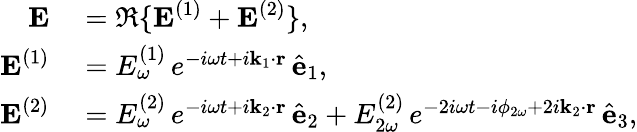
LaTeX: \begin{array}{rl}{\textbf{E}}&{{}=\Re\{ \textbf{E}^{(1)}+\textbf{E}^{(2)}\} ,}\\ {\textbf{E}^{(1)}}&{{}=E_{\omega}^{(1)}\, e^{-i\omega t+i\textbf{k}_{1}\cdot\textbf{r}}\, \hat{\textbf{e}}_{1},}\\ {\textbf{E}^{(2)}}&{{}=E_{\omega}^{(2)}\, e^{-i\omega t+i\textbf{k}_{2}\cdot\textbf{r}}\, \hat{\textbf{e}}_{2}+E_{2\omega}^{(2)}\, e^{-2i\omega t-i\phi_{2\omega}+2i\textbf{k}_{2}\cdot\textbf{r}}\, \hat{\textbf{e}}_{3},}\end{array}